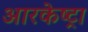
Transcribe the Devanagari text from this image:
आरकेष्ट्रा